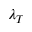
\lambda _ { T }